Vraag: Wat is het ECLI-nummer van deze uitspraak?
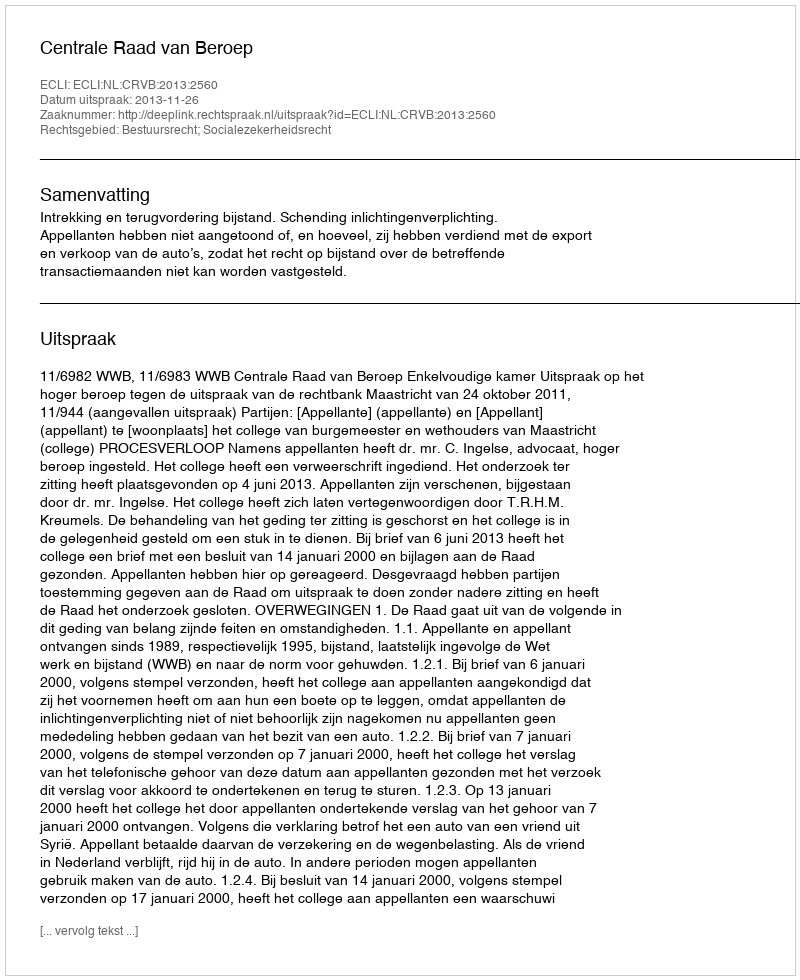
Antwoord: ECLI:NL:CRVB:2013:2560